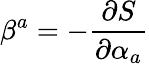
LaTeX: \beta^{a}=-\frac{\partial S}{\partial\alpha_{a}}